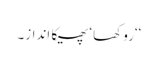
‘‘روکھا ‘ پھیکا انداز۔